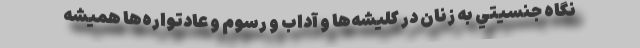
نگاه جنسيتي به زنان در كليشه‌ها و آداب و رسوم و عادتواره‌ها هميشه